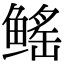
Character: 鳐